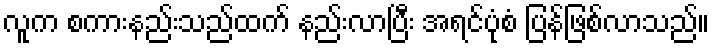
လူက စကားနည်းသည်ထက် နည်းလာပြီး အရင်ပုံစံ ပြန်ဖြစ်လာသည်။